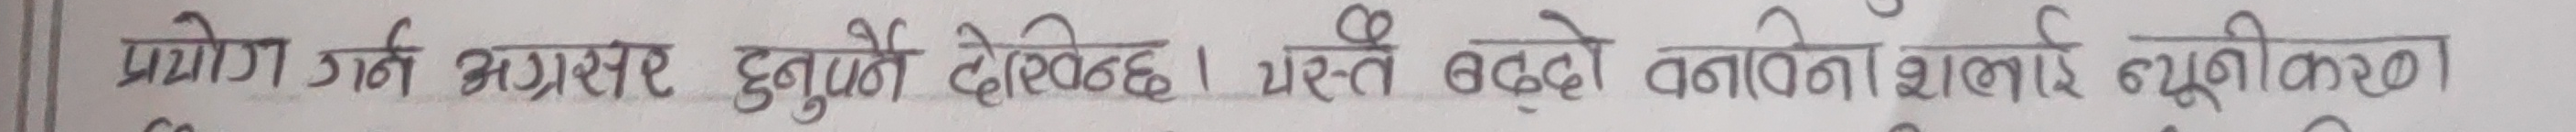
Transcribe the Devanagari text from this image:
प्रयोग गर्ने अग्रसर हुनुपर्ने देखिन्छ। यस्तै बढ्दो वनाविनालाई न्युनीकरण